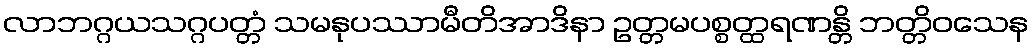
လာဘဂ္ဂယသဂ္ဂပတ္တံ သမနုပဿာမီတိအာဒိနာ ဥတ္တမပစ္စတ္ထရဏန္တိ ဘတ္တိဝသေန